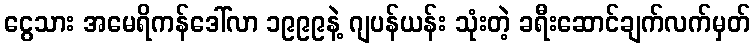
ငွေသား အမေရိကန်ဒေါ်လာ ၁၉၉၉နဲ့ ဂျပန်ယန်း သုံးတဲ့ ခရီးဆောင်ချက်လက်မှတ်